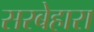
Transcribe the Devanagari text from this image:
सरबेहारा